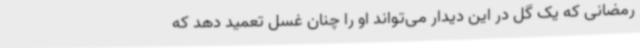
رمضانی که یک گل در این دیدار می‌تواند او را چنان غسل تعمید دهد که